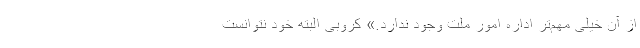
از آن خیلی مهم‌تر اداره امور ملت وجود ندارد.» کروبی البته خود نتوانست